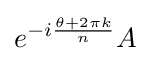
e^{-i{\frac {\theta +2\pi k}{n}}}A